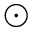
\odot